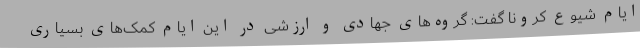
ایام شیوع کرونا گفت: گروه‌های جهادی و ارزشی در این ایام کمک‌های بسیاری